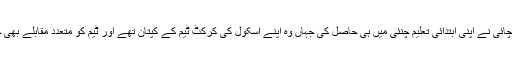
سندر پیچائی نے اپنی ابتدائی تعلیم چنئی میں ہی حاصل کی جہاں وہ اپنے اسکول کی کرکٹ ٹیم کے کپتان تھے اور ٹیم کو متعدد مقابلے بھی جتوائے۔